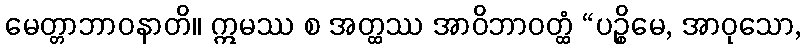
မေတ္တာဘာဝနာတိ။ ဣမဿ စ အတ္ထဿ အာဝိဘာဝတ္ထံ “ပဉ္စိမေ, အာဝုသော,